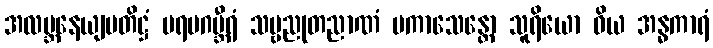
အလဗ္ဘနေယျပတိဋ္ဌံ ပရမဂမ္ဘီရံ သဗ္ဗညုတညာဏံ ပကာသေန္တော သူရိယော ဝိယ အန္ဓကာရံ